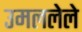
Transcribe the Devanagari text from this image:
उमललेले